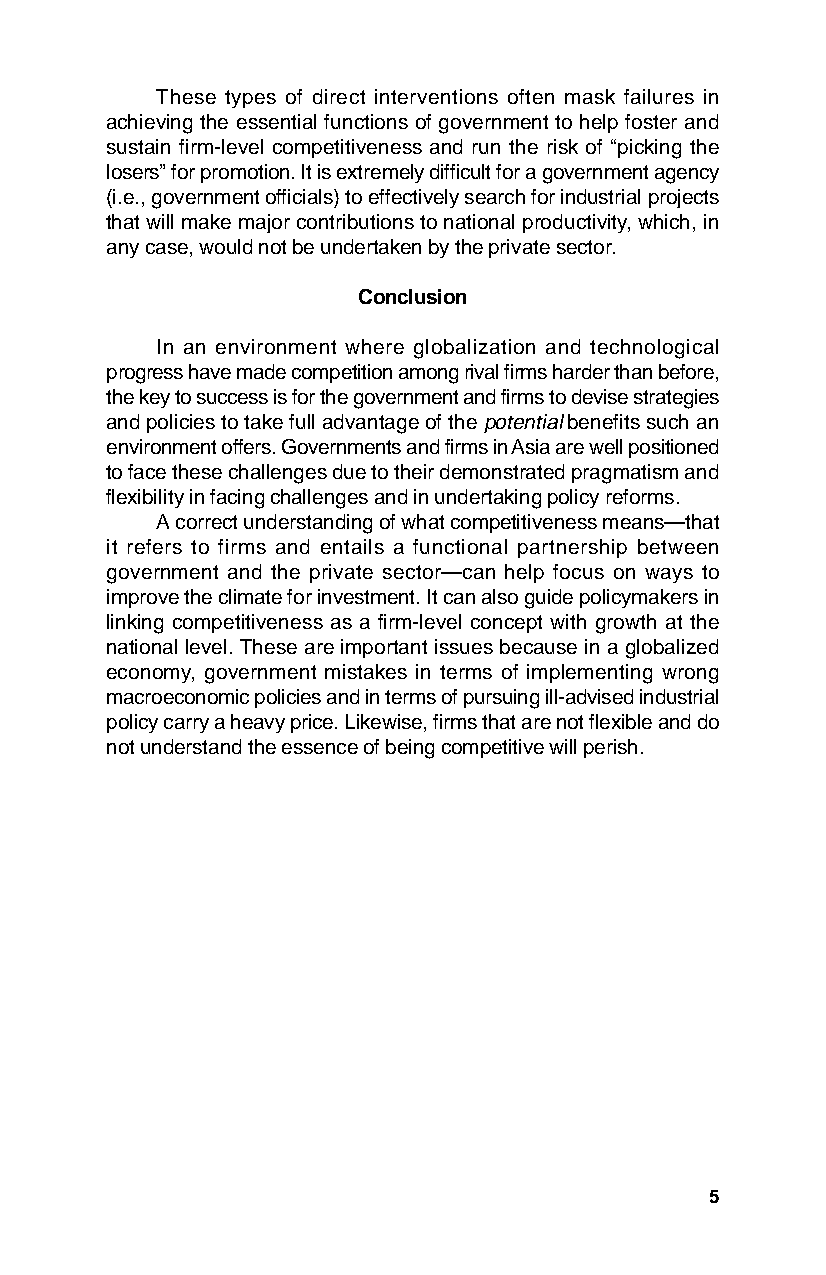
These types of direct interventions often mask failures in
 achieving the essential functions of government to help foster and
 sustain firm-level competitiveness and run the risk of “picking the
 losers” for promotion. It is extremely difficult for a government agency
 (i.e., government officials) to effectively search for industrial projects
 that will make major contributions to national productivity, which, in
 any case, would not be undertaken by the private sector.
 Conclusion
 In an environment where globalization and technological
 progress have made competition among rival firms harder than before,
 the key to success is for the government and firms to devise strategies
 and policies to take full advantage of the potential benefits such an
 environment offers. Governments and firms in Asia are well positioned
 to face these challenges due to their demonstrated pragmatism and
 flexibility in facing challenges and in undertaking policy reforms.
 A correct understanding of what competitiveness means—that
 it refers to firms and entails a functional partnership between
 government and the private sector—can help focus on ways to
 improve the climate for investment. It can also guide policymakers in
 linking competitiveness as a firm-level concept with growth at the
 national level. These are important issues because in a globalized
 economy, government mistakes in terms of implementing wrong
 macroeconomic policies and in terms of pursuing ill-advised industrial
 policy carry a heavy price. Likewise, firms that are not flexible and do
 not understand the essence of being competitive will perish.
 5